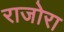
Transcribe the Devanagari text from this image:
राजोरा